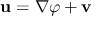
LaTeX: \mathbf { u } = \nabla \varphi + \mathbf { v }